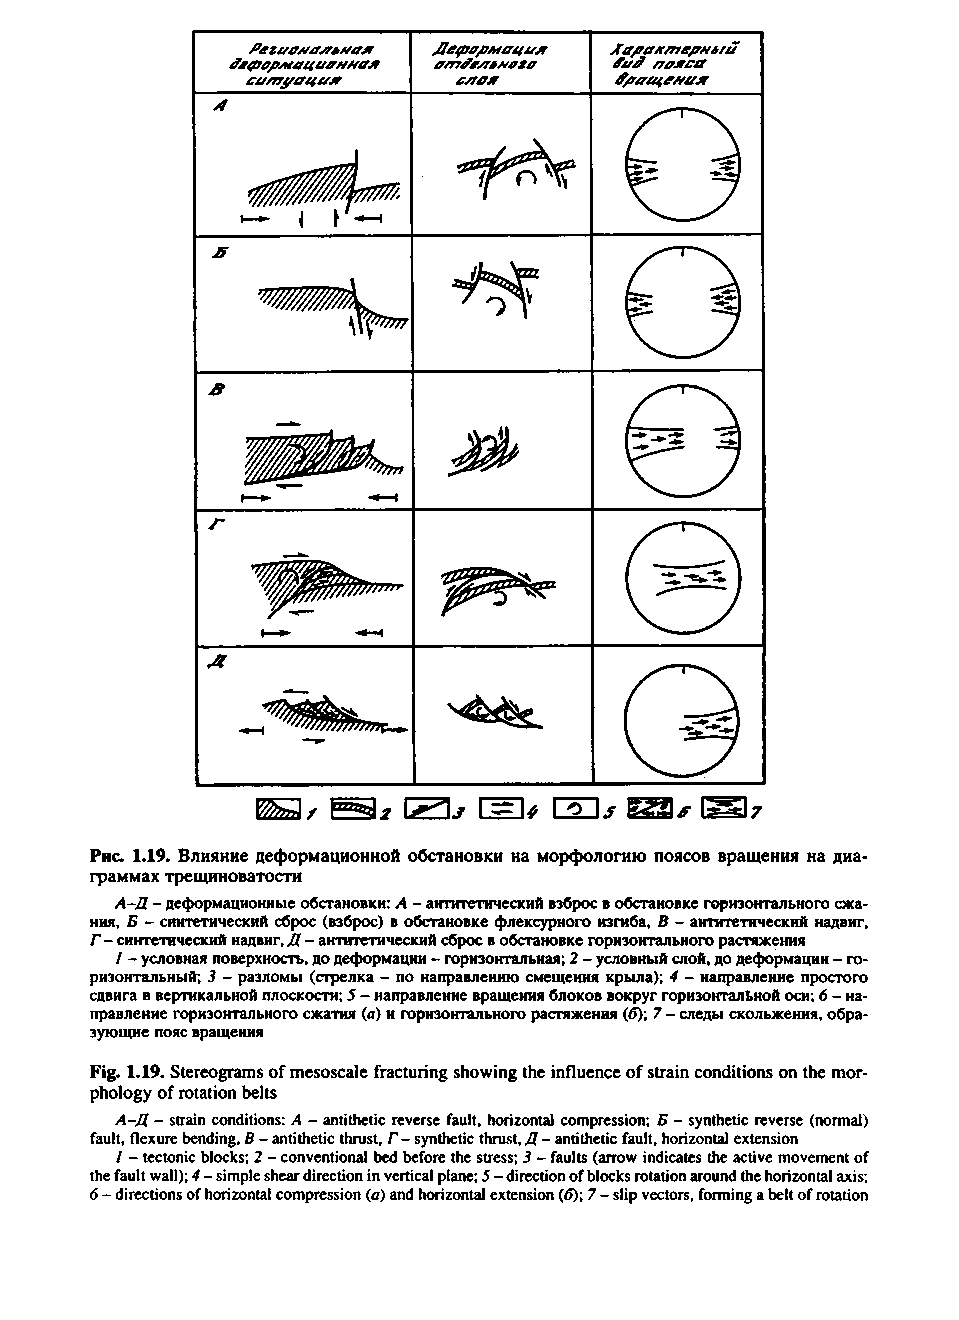
Регяял/аяАяая Мерярмация Характерный
 Szо/J
 &£ф0рМЯЦ£/0ЯН0Я             /70Я0Я
 ситуация                 вращения
 СЯ0Я
 X
 О
 в
 ■тяА».
 В
 0
 &
 (S)
 Г
 Л
 0
 ШгЛ /     Ь^П.7 1 ^ U 1 о 1^ {*5^7
 Рис. 1.19. Влияние деформационной обстановки на морфологию поясов вращения на диа­
 граммах трещиноватости
 Л-Д - деформационные обстановки: А - антитетический взброс в обстановке горизонтального сжа-
 ния, Б - синтетический сброс (взброс) в обстановке флексурного изгиба, В - антитетический надвиг,
 Г - синтетический надвиг, Д - антитетический сброс в обстановке горизонтального растяжения
 1 - условная поверхность, до деформации - горизонтальная; 2 - условный слой, до деформации - го­
 ризонтальный; 3 - разломы (стрелка - по направлению смещения крыла); 4 - направление простого
 сдвига в вертикальной плоскости; 5 - направление вращения блоков вокруг горизонтальной оси; 6 - на­
 правление горизонтального сжатия (а) и горизонтального растяжения (б); 7 - следы скольжения, обра­
 зующие пояс вращения
 Fig. 1.19. Stereograms of mesoscale fracturing showing the influence of strain conditions on the mor­
 phology of rotation belts
 A-Д - strain conditions: A - antithetic reverse fault, horizontal compression; Б - synthetic reverse (normal)
 fault, flexure bending, В - antithetic thrust, Г - synthetic thrust, Д - antithetic fault, horizontal extension
 I - tectonic blocks; 2 - conventional bed before the stress; 3 - faults (arrow indicates the active movement of
 the fault wall); 4 - simple shear direction in vertical plane; 5 - direction of blocks rotation around the horizontal axis;
 6 - directions of horizontal compression (a) and horizontal extension (6); 7 - slip vectors, forming a belt of rotation